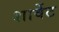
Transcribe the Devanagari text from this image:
शार्वेट